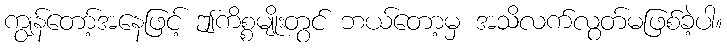
ကျွန်တော့်အနေဖြင့် ဤကိစ္စမျိုးတွင် ဘယ်တော့မှ အသိလက်လွတ်မဖြစ်ခဲ့ပါ။